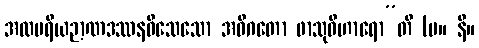
အလမရိယဉာဏဒဿနဝိသေသော အဓိဂတော ဖာသုဝိဟာရော”တိ (မ။ နိ။